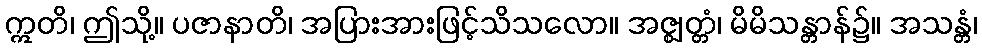
ဣတိ၊ ဤသို့။ ပဇာနာတိ၊ အပြားအားဖြင့်သိသလော။ အဇ္ဈတ္တံ၊ မိမိသန္တာန်၌။ အသန္တံ၊